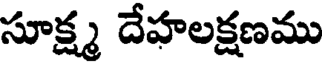
సూక్ష్మ దేహలక్షణము